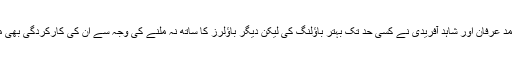
صرف محمد عرفان اور شاہد آفریدی نے کسی حد تک بہتر باؤلنگ کی لیکن دیگر باؤلرز کا ساتھ نہ ملنے کی وجہ سے ان کی کارکردگی بھی متاثر ہوئی۔